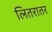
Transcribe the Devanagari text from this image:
लितरातर